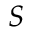
S